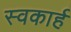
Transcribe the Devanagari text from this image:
स्वकार्ह